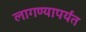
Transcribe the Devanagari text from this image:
लागण्यापर्यंत